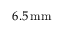
6 . 5 \, \mathrm { m m }